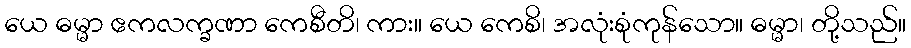
ယေ ဓမ္မာ ဧကလက္ခဏာ ကေစီတိ၊ ကား။ ယေ ကေစိ၊ အလုံးစုံကုန်သော။ ဓမ္မာ၊ တို့သည်။